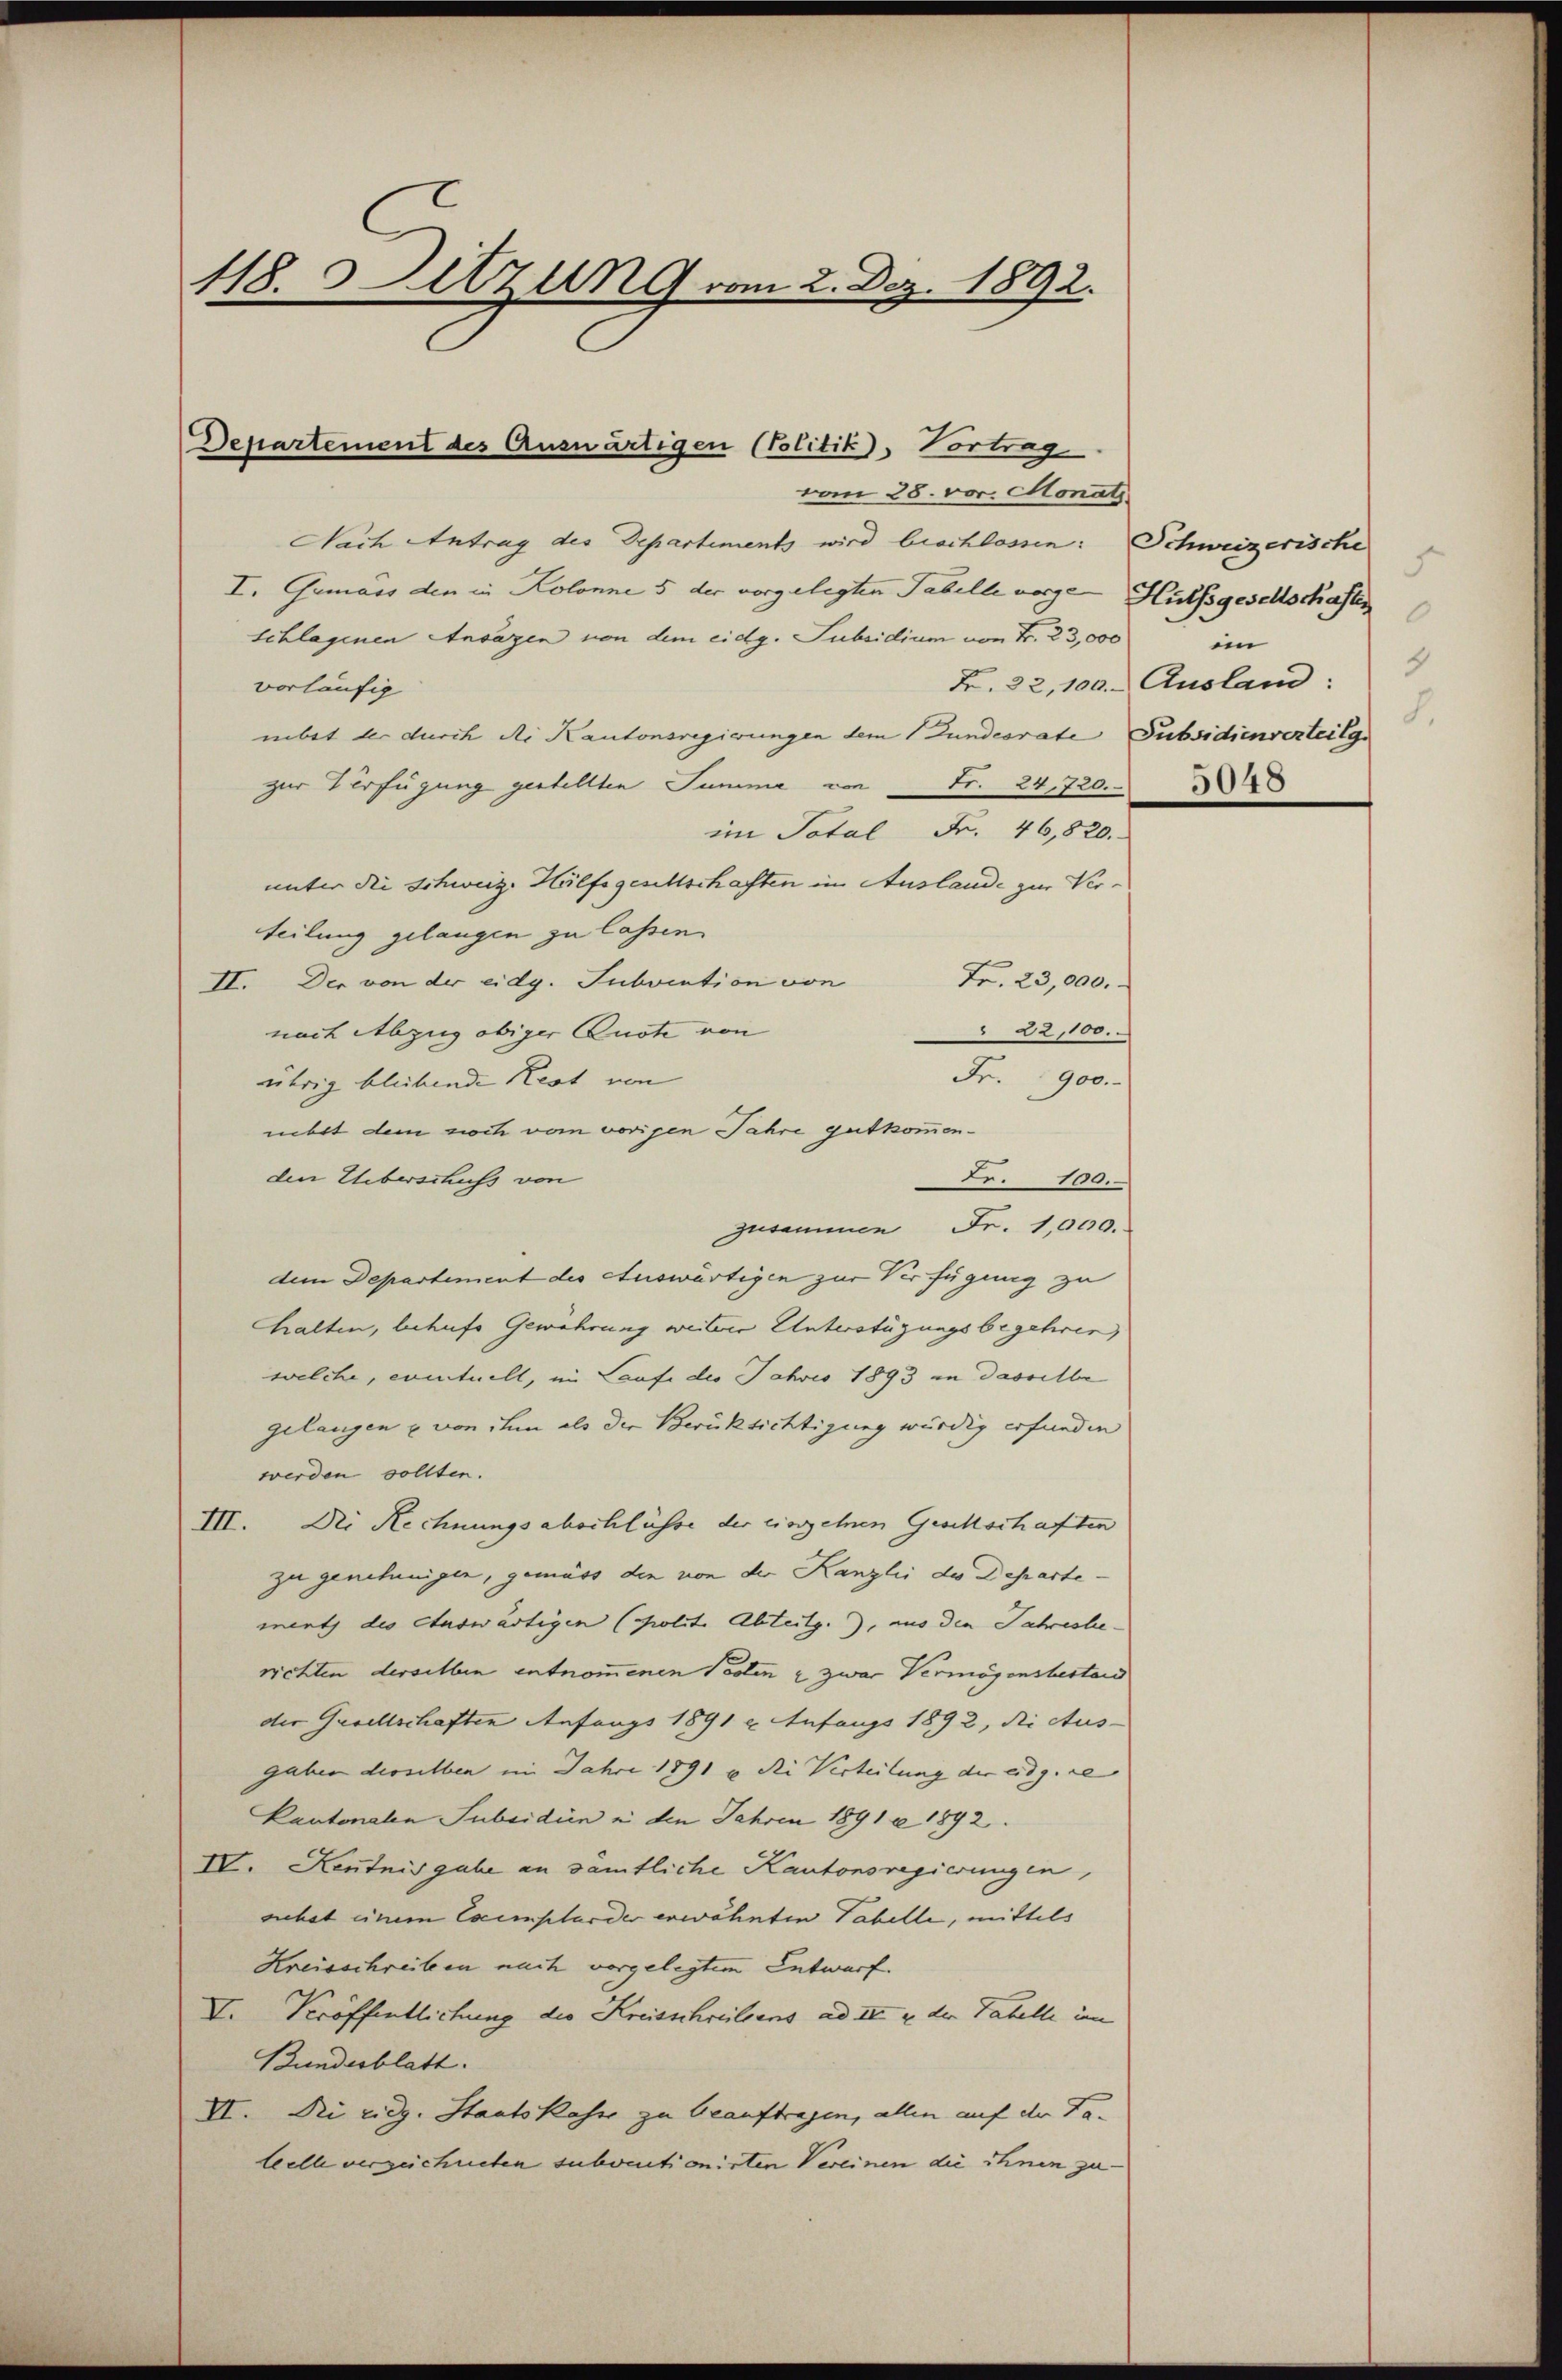
418. Sitzung vom 2. Dez. 1892.

Nach Antrag des Departements wird beschlossen: Schweizerische
I. Gemais den in Kolonne 5 der vorgelegten Tabelle vorge Hülfsgesellschaften
schlagenen Ansäzen von dem eidg. Subsidium von Fr. 23,000
vorläufig
nebst der durch die Kantonsregierungen dem Gundesrate Subsidienverteilge
zur Verfügung gestellten Summe von Fr. 24,720.
im Total Fr. 46,820.
unter die Schweiz. Hülfsgesellschaften in Auslande zur Verteilung gelangen zu lassen.
Fr. 23,000.
II. Der von der eidg. Subvention von
nach Abzug obiger Quote von
22,100.
Fr. 900.
übrig bliebende Rest von
nebst dem noch vom vorigen Jahre gut kommenden Ueberschuss von
Fr. 100.
Zusammen Fr. 1,000.
dem Departement des Auswärtigen zur Verfügung zu
halten, behufs Gewährung weiter Unterstüzungsbegehren
welche, eventuell, im Laufe des Jahres 1893 in dasselbe
gelangen u von ihm als die Berücksichtigung würdig erfunden
werden sollten.
III. Die Rechnungsabschlüsse der einzelnen Geschschaften
zu genehmigte, gemäss die von der Kanzlei des Departement des Auswärtigen (Polit. Abteilg., aus den Jahreshe
richten derselben entnommenen Posten & zwar Vermögensbestand
der Gesellschaften Anfangs 1891 u. Anfangs 1892, die Aus-
gaben derselben im Jahre 1891 u. die Verteilung der eidg. Le
Kantonale Subsidiin in den Jahren 1891 c 1892.
IV. Kentnis gabe an sämtliche Kantonsregierungen,
suchet einem Exemplar der erwähnten Tabelle, mittels
Kreisschreiben nach vorgelegtem Entwurf.
V. Veröffentlichung die Kreisschreibens ad III u. der Tabelle i
Bundesblatt.
VI. Die eidg. Staatskasse zu beauftragen, allen auf der Tatelle verzeichneten subventionirten Vereinen die ihnen zu

Departement des Auswärtigen (Politik, Vortrag
vom 28. vor. Monats

.
0
i
4
B. 32, 100. Ausland:
8.

5048